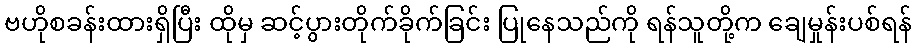
ဗဟိုစခန်းထားရှိပြီး ထိုမှ ဆင့်ပွားတိုက်ခိုက်ခြင်း ပြုနေသည်ကို ရန်သူတို့က ချေမှုန်းပစ်ရန်